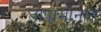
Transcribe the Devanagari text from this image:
तापामानात